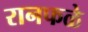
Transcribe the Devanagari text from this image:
रानफळे